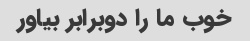
خوب ما را دوبرابر بیاور